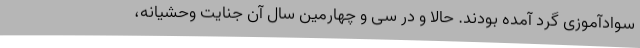
سوادآموزی گرد آمده بودند. حالا و در سی و چهارمین سال آن جنایت وحشیانه،